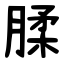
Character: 腬